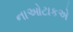
નાઓટાકએ